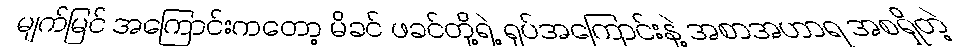
မျက်မြင် အကြောင်းကတော့ မိခင် ဖခင်တို့ရဲ့ ရုပ်အကြောင်းနဲ့ အစာအဟာရ အစရှိတဲ့